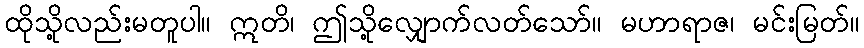
ထိုသို့လည်းမတူပါ။ ဣတိ၊ ဤသို့လျှောက်လတ်သော်။ မဟာရာဇ၊ မင်းမြတ်။